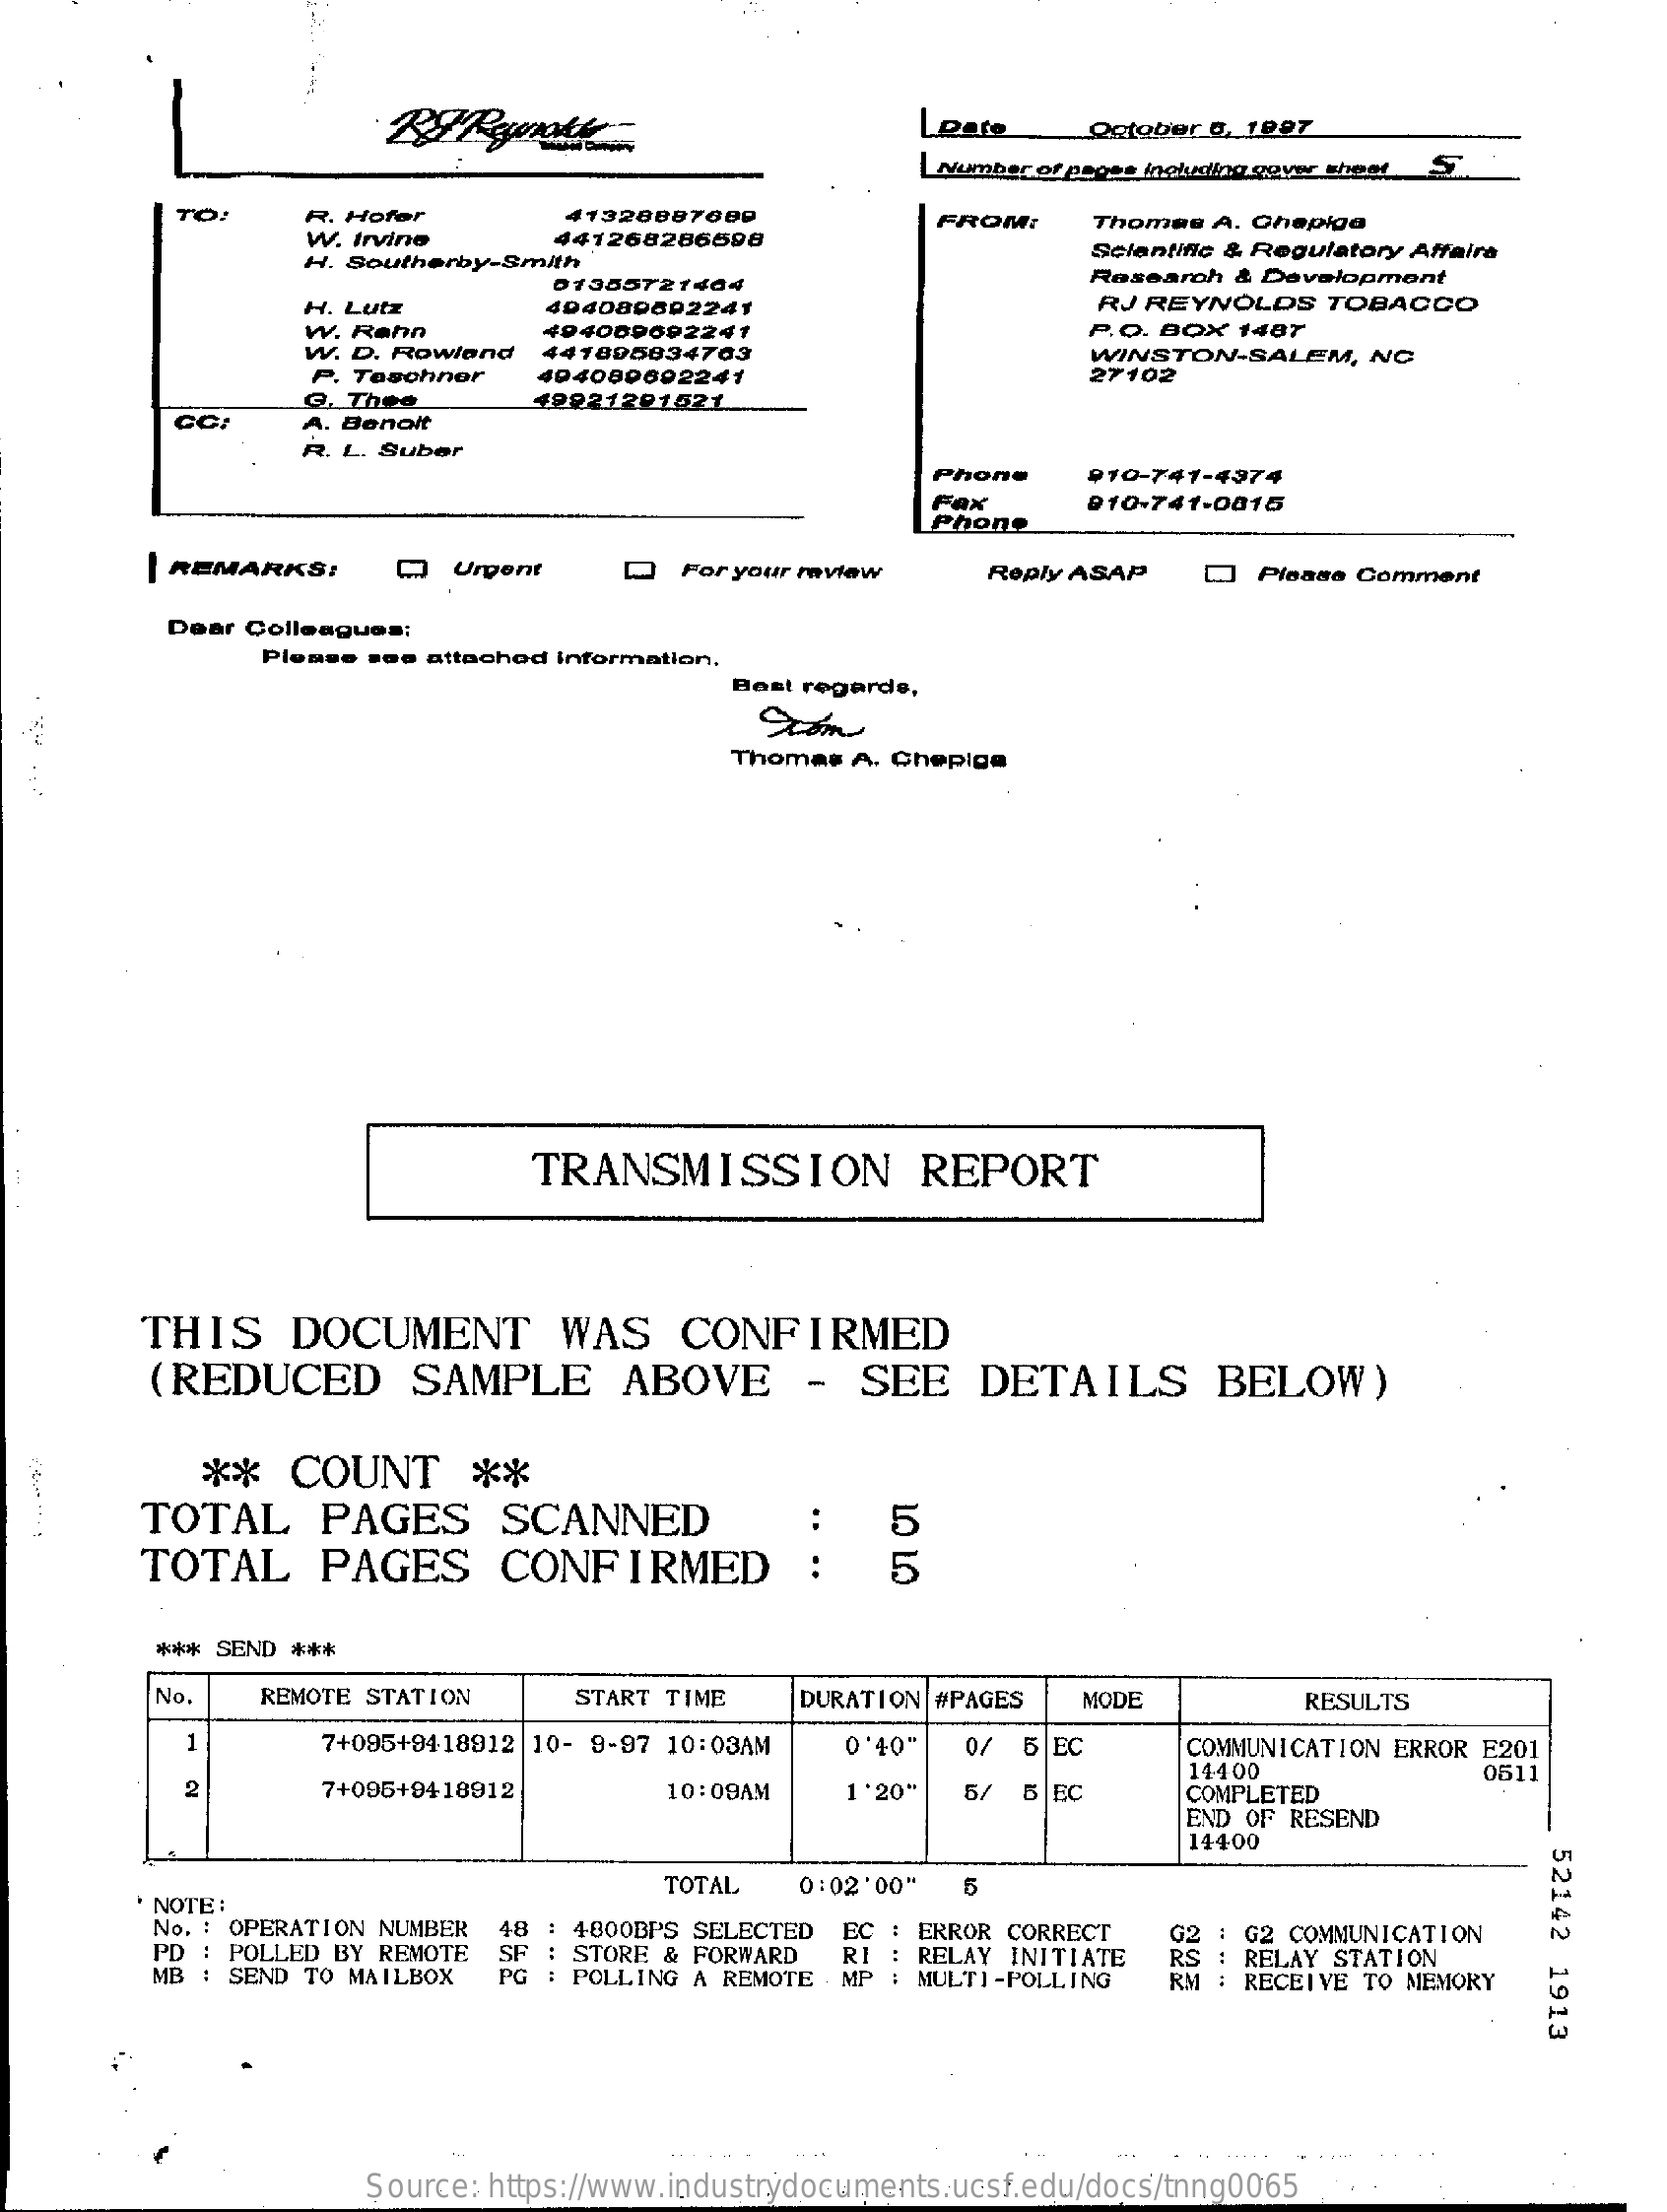
Loate    October 8, 1997
     |Number of pages including gove theet_S
     To:    R. Hofer
     W. Irvine
     41328887009
     441268286598
     FROM:    Thomas A. Chepiga
     H. Southerby-Smith
     Scientific & Regulatory Affairs
     01355721404    Research & Development
     H. Lutz    404089692241    RJ REYNOLDS   TOBACCO
     W. Rahn    P.O. BOX 1487
     W. D. Rowland
     404089692241
     441895834703
     P. Teschner   494089692241
     WINSTON-SALEM,    NO
     27102
     Q. Thee    12821201521
     A. Benoit
     R. L. Suber
     Phone    ₱ 10-741-4974
     Fax    010-741-0815
     Phone
     | REMARKS:    Q   Urgent    Q  For your review    Reply ASAP    Please Comment
     Dear Colleagues:
     Please see attached information.
     Best regards,
     Thomas A. Chepiga
     TRANSMISSION    REPORT
     THIS    DOCUMENT    WAS    CONFIRMED
     (REDUCED    SAMPLE    ABOVE    -   SEE    DETAILS    BELOW)
     **   COUNT    **
     TOTAL    PAGES    SCANNED    5
     TOTAL    PAGES    CONFIRMED    5
     *** SEND ***
     No.    REMOTE STATION    START TIME    DURATION #PAGES   MODE    RESULTS
     1    7+095+9418912 10- 9-97 10:03AM   040    0/ 5 EC    COMMUNICATION ERROR E201
     2    7+095+9418912    10:09AM    1'20"  5/  5 EC
     14400
     COMPLETED
     0511
     END OF RESEND
     14400
     52142
     1913
     NOTE:
     TOTAL    0:02'00"  5
     No. : OPERATION NUMBER
     PD : POLLED BY REMOTE
     : 4800BPS SELECTED EC : ERROR CORRECT
     MB : SEND TO MAILBOX  PG
     STORE & FORWARD
     : POLLING A REMOTE
     RI : RELAY INITIATE
     02 : G2 COMMUNICATION
     : MULTI-POLLING
     RS : RELAY STATION
     RM : RECEIVE TO MEMORY
     Source: https://www.industrydocuments.ucsf.edu/docs/tnng0065